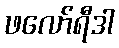
ဖလော်ရီဒါ